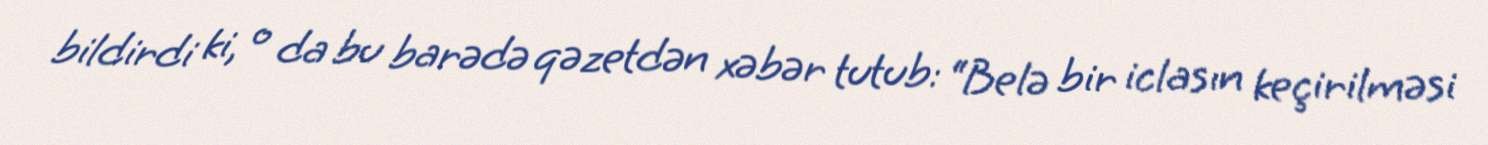
bildirdi ki, o da bu barədə qəzetdən xəbər tutub: “Belə bir iclasın keçirilməsi